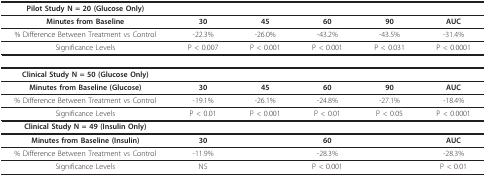
| Pilot Study N = 20 (Glucose Only) |  |  |  |  |  |
 | --- | --- | --- | --- | --- | --- |
 | Minutes from Baseline | 30 | 45 | 60 | 90 | AUC |
 | % Difference Between Treatment vs Control | -22.3% | -26.0% | -43.2% | -43.5% | -31.4% |
 | Significance Levels | P < 0.007 | P < 0.001 | P < 0.001 | P < 0.031 | P < 0.0001 |
 | Clinical Study N = 50 (Glucose Only) |  |  |  |  |  |
 | Minutes from Baseline (Glucose) | 30 | 45 | 60 | 90 | AUC |
 | % Difference Between Treatment vs Control | -19.1% | -26.1% | -24.8% | -27.1% | -18.4% |
 | Significance Levels | P < 0.01 | P < 0.001 | P < 0.01 | P < 0.05 | P < 0.0001 |
 | Clinical Study N = 49 (Insulin Only) |  |  |  |  |  |
 | Minutes from Baseline (Insulin) | 30 |  | 60 |  | AUC |
 | % Difference Between Treatment vs Control | -11.9% |  | -28.3% |  | -28.3% |
 | Significance Levels | NS |  | P < 0.001 |  | P < 0.01 |